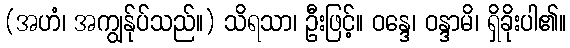
(အဟံ၊ အကျွန်ုပ်သည်။) သိရသာ၊ ဦးဖြင့်။ ဝန္ဒေ၊ ဝန္ဒာမိ၊ ရှိခိုးပါ၏။